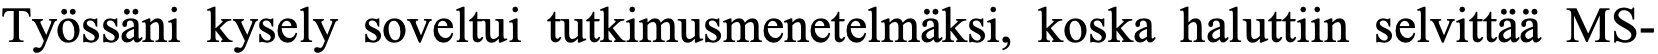
Työssäni kysely soveltui tutkimusmenetelmäksi, koska haluttiin selvittää MS-